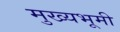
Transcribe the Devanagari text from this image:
मुख्यभूमी